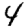
Digit: 4